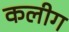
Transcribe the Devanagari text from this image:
कलीग